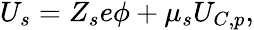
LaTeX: \begin{array}{r}{U_{s}=Z_{s}e\phi+\mu_{s}U_{C,p},}\end{array}